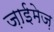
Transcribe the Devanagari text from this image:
ज़ाईमेज़